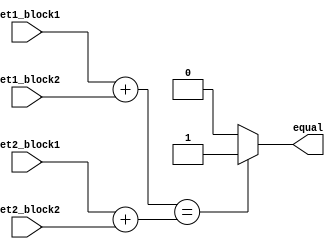
module Arithmetic_Equality_Comparator (
    input [7:0] set1_block1,
    input [7:0] set1_block2,
    input [7:0] set2_block1,
    input [7:0] set2_block2,
    output reg equal
);

reg [15:0] calc_set1;
reg [15:0] calc_set2;

always @* begin
    calc_set1 = set1_block1 + set1_block2;
    calc_set2 = set2_block1 + set2_block2;

    if (calc_set1 == calc_set2) begin
        equal = 1;
    end else begin
        equal = 0;
    end
end

endmodule